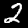
Digit: 2